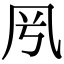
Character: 𠘵